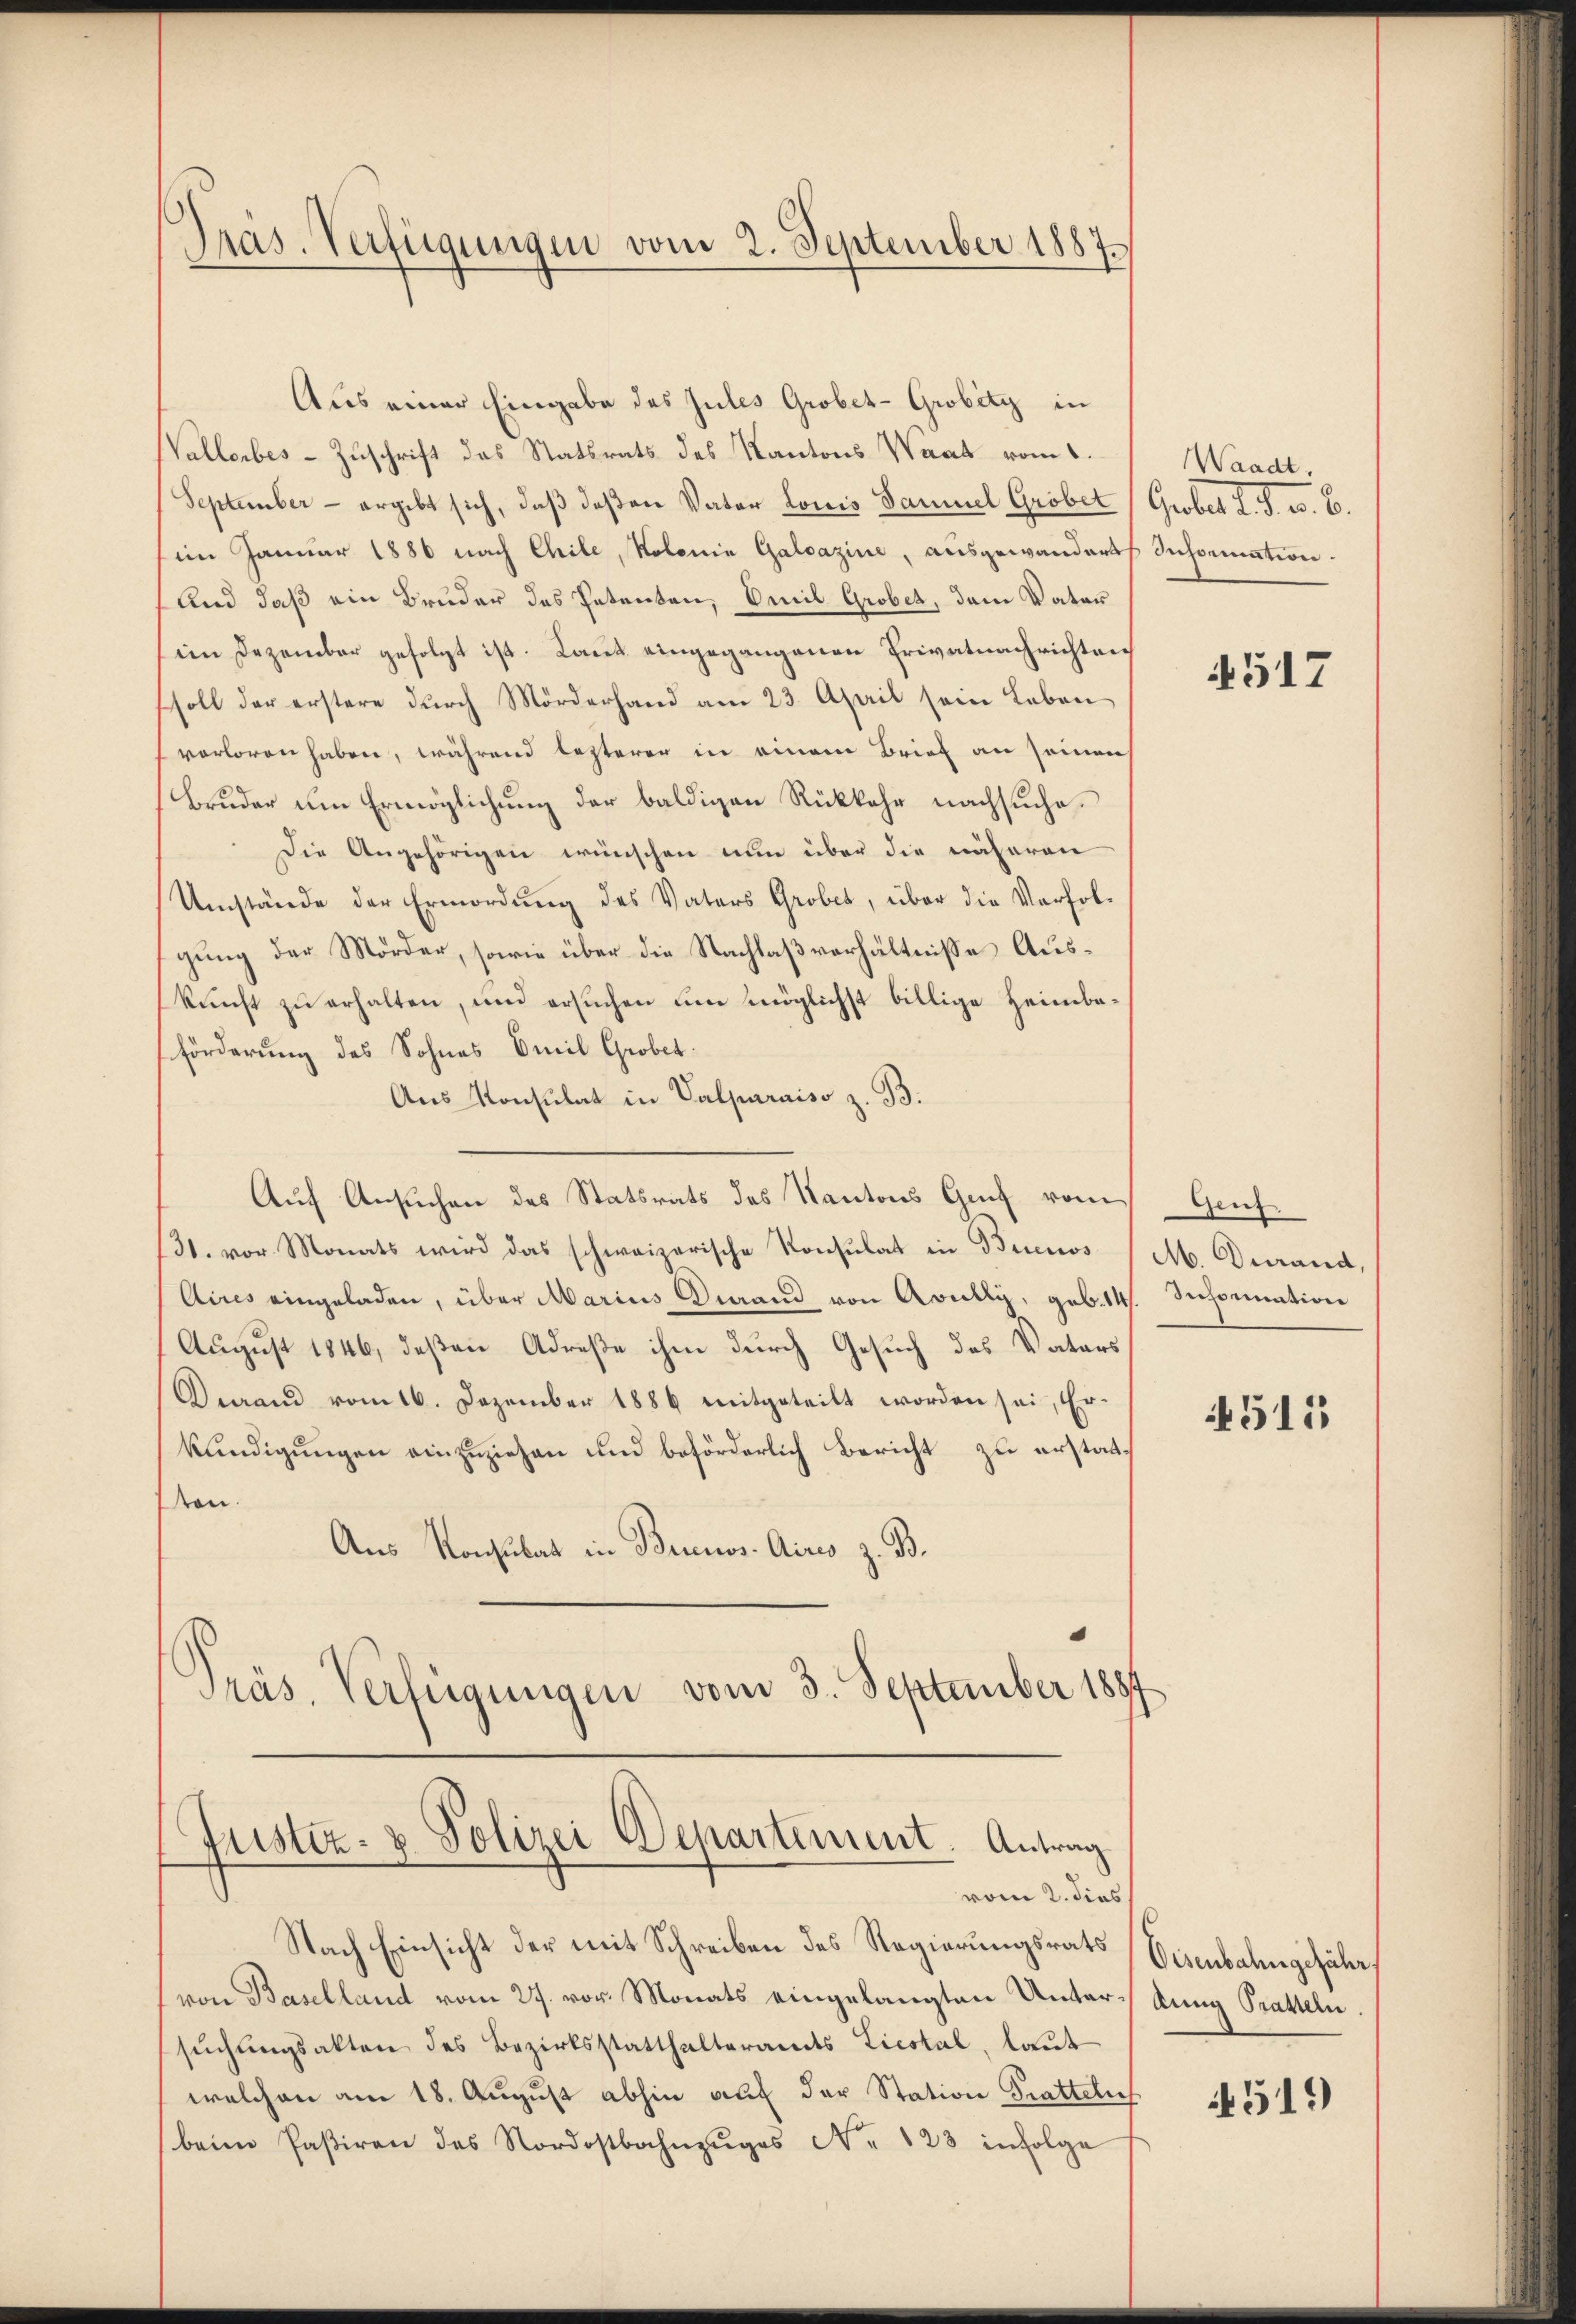
Präs. Verfügungen vom 2. September 1887.

Aus einer Eingabe des Jules Grobet-Grobity in
Vallerbes-Zuschrift das Statsrats des Kantons Waadt vom 1.
September - ergibt sich, daß deßen Vater Louis Samuel Grobet (Grobes L. S. u. 6.
(im Januar 1886 nach Chile, Kolonie Galcazine, ausgewanderts Information
Und daß ein Bruder des Petenten, Emil Grobet, dem Vater
im Dezember gefolgt ist. Laut eingegangenen Privatnachrichten
soll der erstere durch Mörderhand am 23. April sein Leben
verloren haben, während lezteren in einem Brief an seinen
Bruder um Ermöglichung der baldigen Rückkehr nachsuche.
Die Angehörigen wünschen nun über die näheren
Umstände der Ermordung des Vaters Grobet, über die Verfolgung der Mörder, sowie über die Nachlaßverhältnisse Auskunft zu erhalten, und ersuchen um möglichst billige Heimbaförderung des Sohnes Emil Grobet
Aus Konsulat in Valparaiso z. B.
Auf Ansuchen des Statsrats des Kantons Genf vom
31. vor Monats wird das schweizerische Konsulat in Buenos
Aires eingeladen, über Marius Diand von Avully, geb. 14. Schornation
August 1846, deßen Adrese ihm durch Gesuch des Vaters
Diand vom 16. Dezember 1886 mitgeteilt worden sei, Erkundigungen einzuziehen und beförderlich Bericht zu erstatten.
Aus Konsulat in Buenos-Aires z. B.
Präs. Verfügungen vom 3. September 1887

Justiz- & Polizei Departement. Antrag
vom 2. dies

Nach Einsicht der mit Schreiben des Regierungsrats Visenbahngefährvon Baselland vom 27. vor. Monats eingelangten Unterstung Pratteln.
suchungsakten des Bezirksstatthalteramts Liestal, laut
welchen am 18. August abhin auf der Station Trattelns
beim Pasiren des Nordostbahnzŭges No 123 infolge

Waadt.

517

Genz
M. Durand,

515

4519